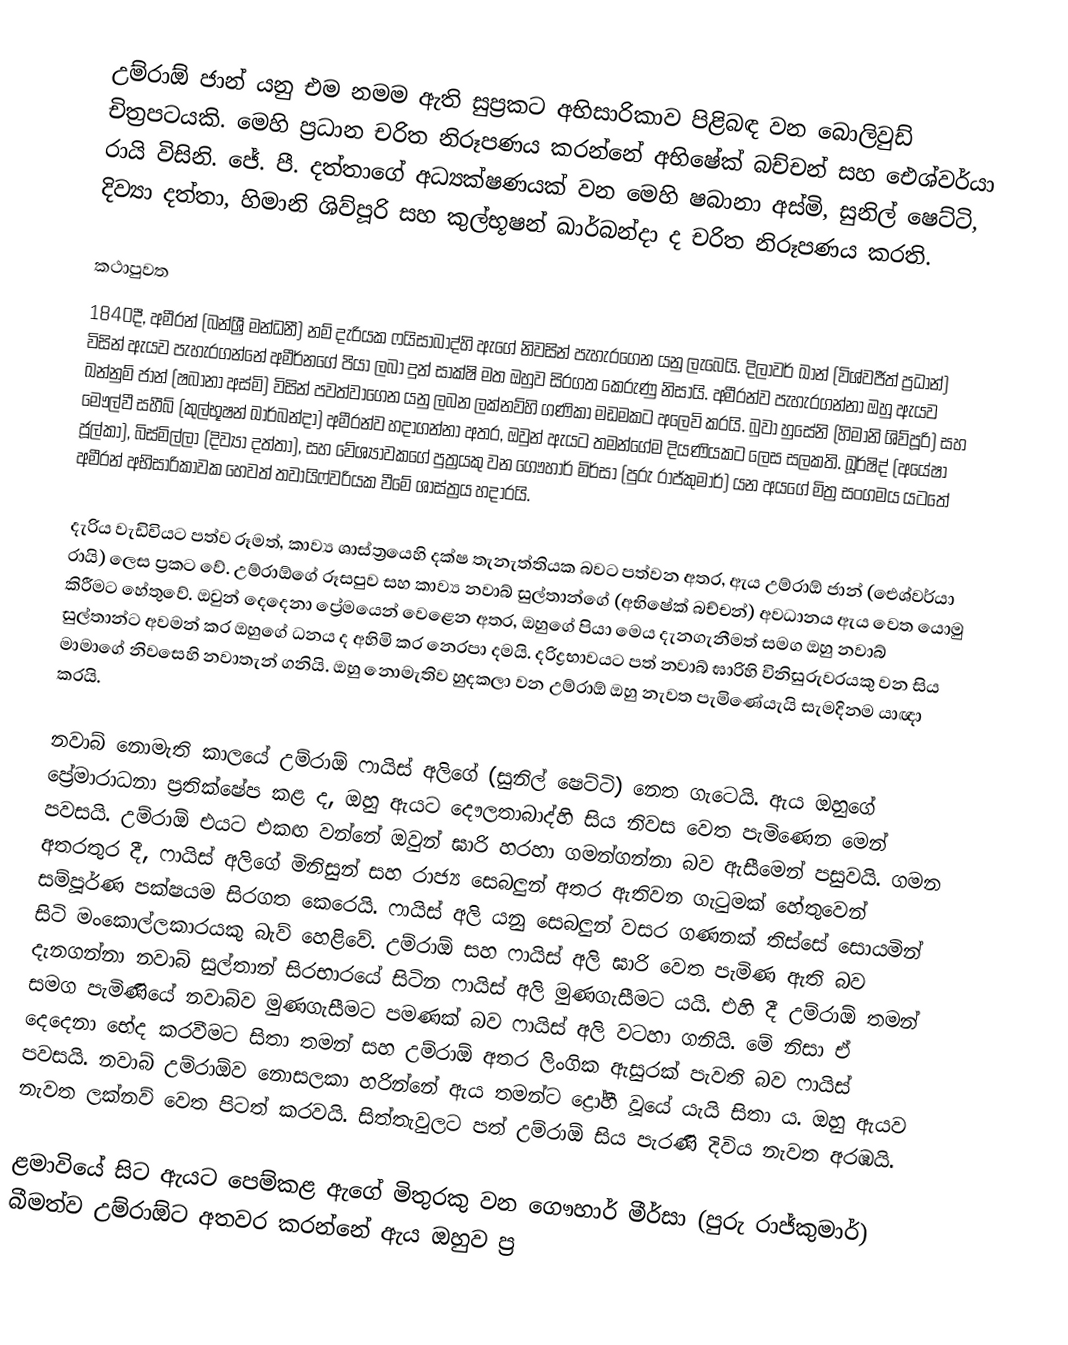
උම්රාඕ ජාන් යනු එම නමම ඇති සුප්‍රකට අභිසාරිකාව පිළිබඳ වන බොලිවුඩ් චිත්‍රපටයකි. මෙහි ප්‍රධාන චරිත නිරූපණය කරන්නේ අභිෂේක් බච්චන් සහ ඓශ්වර්යා රායි විසිනි. ජේ. පී. දත්තාගේ අධ්‍යක්ෂණයක් වන මෙහි ෂබානා අස්මි, සුනිල් ෂෙට්ටි, දිව්‍යා දත්තා, හිමානි ශිව්පූරි සහ කුල්භූෂන් ඛාර්බන්දා ද චරිත නිරූපණය කරති.

කථාපුවත
1840දී, අමීරන් (බන්ශ්‍රී මන්ධනී) නම් දැරියක ෆයිසාබාද්හි ඇගේ නිවසින් පැහැරගෙන යනු ලැබෙයි. දිලාවර් ඛාන් (විශ්වජීත් ප්‍රධාන්) විසින් ඇයව පැහැරගන්නේ අමීර්නගේ පියා ලබා දුන් සාක්ෂි මත ඔහුව සිරගත කෙරුණු නිසායි. අමීරන්ව පැහැරගන්නා ඔහු ඇයව ඛන්නුම් ජාන් (ෂබානා අස්මි) විසින් පවත්වාගෙන යනු ලබන ලක්නව්හි ගණිකා මඩමකට අලෙවි කරයි. බුවා හුසේනි (හිමානි ශිව්පූරි) සහ මෞල්වී සහීබ් (කුල්භූෂන් ඛාර්බන්දා) අමීරන්ව හදාගන්නා අතර, ඔවුන් ඇයට තමන්ගේම දියණියකට ලෙස සලකති. ඛූර්ෂිද් (අයේෂා ජූල්කා), බිස්මිල්ලා (දිව්‍යා දත්තා), සහ වේශ්‍යාවකගේ පුත්‍රයකු වන ගෞහාර් මිර්සා (පුරු රාජ්කුමාර්) යන අයගේ මිත්‍ර සංග‍මය යටතේ අමීරන් අභිසාරිකාවක හෙවත් තවායිෆ්වරියක වීමේ ශාස්ත්‍රය හදාරයි.

දැරිය වැඩිවියට පත්ව රූමත්, කාව්‍ය ශාස්ත්‍රයෙහි දක්ෂ තැනැත්තියක බවට පත්වන අතර, ඇය උම්රාඕ ජාන් (ඓශ්වර්යා රායි) ලෙස ප්‍රකට වේ. උම්රාඕ‍ගේ රූසපුව සහ කාව්‍ය නවාබ් සුල්තාන්ගේ (අභිෂේක් බච්චන්) අවධානය ඇය වෙත යොමු කිරීමට හේතුවේ. ඔවුන් දෙදෙනා ප්‍රේමයෙන් වෙළෙන අතර, ඔහුගේ පියා මෙය දැනගැනීමත් සමග ඔහු නවාබ් සුල්තාන්ට අවමන් කර ඔහුගේ ධනය ද අහිමි කර නෙරපා දමයි. දරිද්‍රභාවයට පත් නවාබ් ඝාරිහි විනිසුරුවරයකු වන සිය මාමාගේ නිවසෙහි නවාතැන් ගනියි. ඔහු නොමැතිව හුදකලා වන උම්රාඕ ඔහු නැවත පැමිණේයැයි සැමදිනම යාඥා කරයි.

නවාබ් නොමැති කාලයේ උම්රාඕ ෆායිස් අලිගේ (සුනිල් ෂෙට්ටි) නෙත ගැටෙයි. ඇය ඔහුගේ ප්‍රේමාරාධනා ප්‍රතික්ෂේප කළ ද, ඔහු ඇයට දෞලතාබාද්හි සිය නිවස වෙත පැමිණෙන මෙන් පවසයි. උම්රාඕ එයට එකඟ වන්නේ ඔවුන් ඝාරි හරහා ගමන්ගන්නා බව ඇසීමෙන් පසුවයි. ගමන අතරතුර දී, ෆායිස් අලිගේ මිනිසුන් සහ රාජ්‍ය සෙබලුන් අතර ඇතිවන ගැටුමක් හේතුවෙන් සම්පූර්ණ පක්ෂයම සිරගත කෙරෙයි. ෆායිස් අලි යනු සෙබලුන් වසර ගණනක් තිස්සේ සොයමින් සිටි මංකොල්ලකාරයකු බැව් හෙළිවේ. උම්රාඕ සහ ෆායිස් අලි ඝාරි වෙත පැමිණ ඇති බව දැනගන්නා නවාබ් සුල්තාන් සිරභාරයේ සිටින ෆායිස් අලි මුණගැසීමට යයි. එහි දී උම්රාඕ තමන් සමග පැමිණියේ නවාබ්ව මුණගැසීමට පමණක් බව ෆායිස් අලි වටහා ගනියි. මේ නිසා ඒ දෙදෙනා භේද කරවීමට සිතා තමන් සහ උම්රාඕ අතර ලිංගික ඇසුරක් පැවති බව ෆායිස් පවසයි. නවාබ් උම්රාඕව නොසලකා හරින්නේ ඇය තමන්ට ද්‍රෝහී වූයේ යැයි සිතා ය. ඔහු ඇයව නැවත ලක්නව් වෙත පිටත් කරවයි. සිත්තැවුලට පත් උම්රාඕ සිය පැරණි දිවිය නැවත අරඹයි.

ළමාවියේ සිට ඇයට පෙම්කළ ඇගේ මිතුරකු වන ගෞහාර් මීර්සා (පුරු රාජ්කුමාර්) බීමත්ව උම්රාඕට අතවර කරන්නේ ඇය ඔහුව ප්‍ර